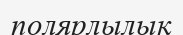
полярлылық